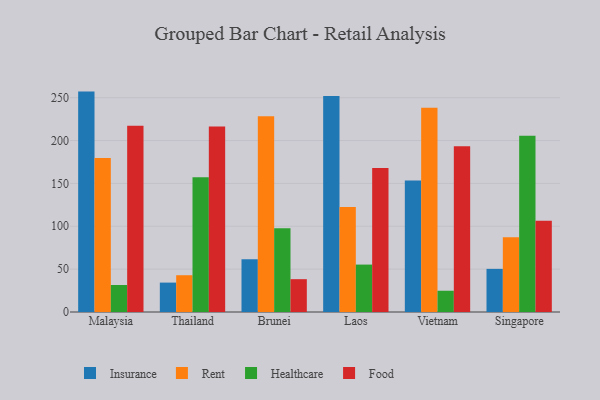
{"axis": {"x": "Country", "y": "Headcount"}, "legend": ["Food", "Healthcare", "Insurance", "Rent"], "data": [{"x": "Malaysia", "y": 257.1, "type": "Insurance"}, {"x": "Malaysia", "y": 179.5, "type": "Rent"}, {"x": "Malaysia", "y": 31.5, "type": "Healthcare"}, {"x": "Malaysia", "y": 217.4, "type": "Food"}, {"x": "Thailand", "y": 34.3, "type": "Insurance"}, {"x": "Thailand", "y": 42.9, "type": "Rent"}, {"x": "Thailand", "y": 157.2, "type": "Healthcare"}, {"x": "Thailand", "y": 216.3, "type": "Food"}, {"x": "Brunei", "y": 61.4, "type": "Insurance"}, {"x": "Brunei", "y": 228.3, "type": "Rent"}, {"x": "Brunei", "y": 97.8, "type": "Healthcare"}, {"x": "Brunei", "y": 38.3, "type": "Food"}, {"x": "Laos", "y": 252.0, "type": "Insurance"}, {"x": "Laos", "y": 122.4, "type": "Rent"}, {"x": "Laos", "y": 55.3, "type": "Healthcare"}, {"x": "Laos", "y": 167.9, "type": "Food"}, {"x": "Vietnam", "y": 153.4, "type": "Insurance"}, {"x": "Vietnam", "y": 238.4, "type": "Rent"}, {"x": "Vietnam", "y": 24.8, "type": "Healthcare"}, {"x": "Vietnam", "y": 193.3, "type": "Food"}, {"x": "Singapore", "y": 50.3, "type": "Insurance"}, {"x": "Singapore", "y": 87.1, "type": "Rent"}, {"x": "Singapore", "y": 205.6, "type": "Healthcare"}, {"x": "Singapore", "y": 106.3, "type": "Food"}]}